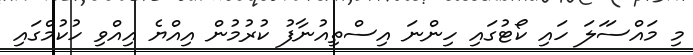
މި މައްސަަލަ ހައި ކޯޓުގައި ހިންނަ އިސްތިއުނާފު ކުރުމުން އިއްޔެ އިއްވި ހުކުމްގައި